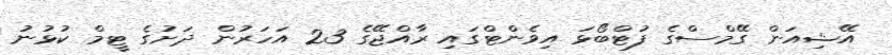
އޭޝިއަން ގޭމްސްގެ ފުޓްބޯޅަ އިވެންޓްގައި ރާއްޖޭގެ 23 އަހަރުން ދަށުގެ ޓީމް ކުޅުނު